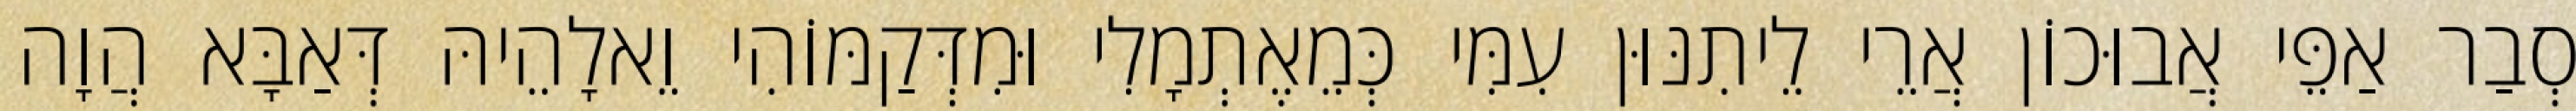
סְבַר אַפֵּי אֲבוּכוֹן אֲרֵי לֵיתִנּוּן עִמִּי כְּמֵאֶתְמָלִי וּמִדְּקַמּוֹהִי וֵאלָהֵיהּ דְּאַבָּא הֲוָה